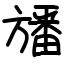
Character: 旙